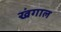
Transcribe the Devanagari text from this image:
खंगाल